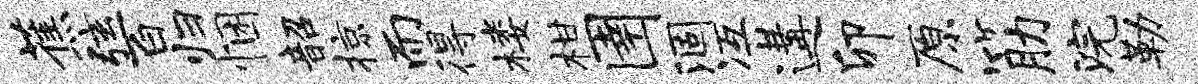
蕉弦百归悃韶掠而得楼柑圉涸冱遘卯原筋浣勒